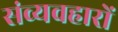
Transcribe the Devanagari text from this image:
संव्यवहारों